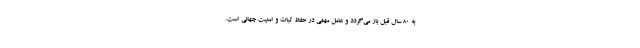
به ۸۰ سال قبل باز می‌گردد و عامل مهمی در حفظ ثبات و امنیت جهانی است.